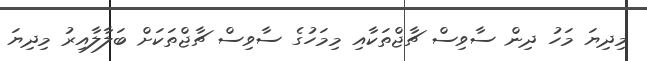
މިދިޔަ މަހު ދިން ސާވިސް ޗާޖްތަކާއި މިމަހުގެ ސާވިސް ޗާޖްތަކަށް ބަލާލާއިރު މިދިޔަ